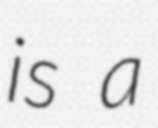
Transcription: is a